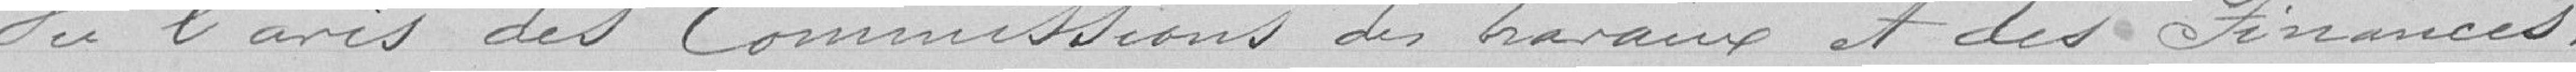
Vu l'avis des Commissions des travaux et des Finances